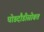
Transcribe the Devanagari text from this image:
घोडदौडीसोबत